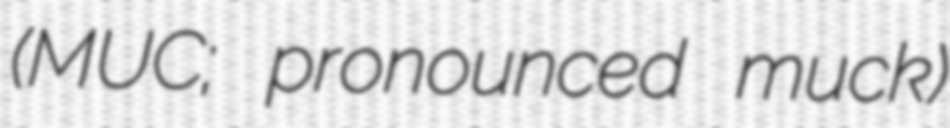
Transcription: (MUC; pronounced muck)